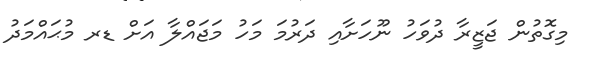
މިގޮތުން ޖަޒީރާ ދުވަހު ނޫހަށާއި ދަރުމަ މަހު މަޖައްލާ އަށް ޑރ މުޙައްމަދު